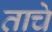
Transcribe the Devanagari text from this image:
ताचे